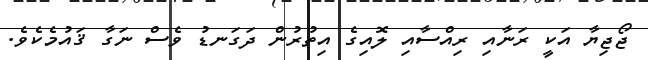
ޖޯޖިޔާ އަކީ ރަނާއި ރިއްސާއި ލޮއިގެ އިތުރުން ދަގަނޑު ވެސް ނަގާ ޤައުމެކެވެ.